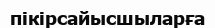
пікірсайысшыларға